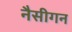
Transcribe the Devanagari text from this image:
नैसीगन